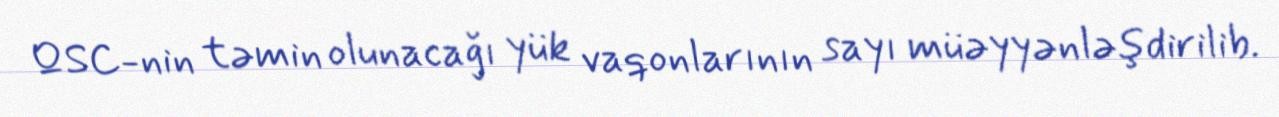
QSC-nin təmin olunacağı yük vaqonlarının sayı müəyyənləşdirilib.